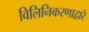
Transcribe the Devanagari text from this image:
विलिनिकरणाद्वारे